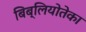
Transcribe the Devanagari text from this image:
बिब्लियोतेका